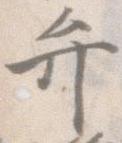
弁